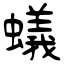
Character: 蟻